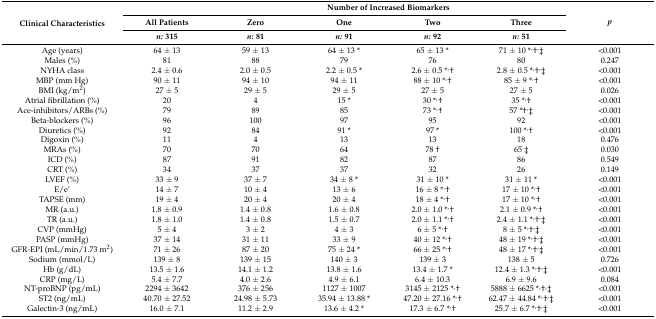
<table><thead><tr><td rowspan="3"><b>Clinical Characteristics</b></td><td></td><td colspan="4"><b>Number of Increased Biomarkers</b></td><td rowspan="3"><b><i>p</i></b></td></tr><tr><td><b>All Patients</b></td><td><b>Zero</b></td><td><b>One</b></td><td><b>Two</b></td><td><b>Three</b></td></tr><tr><td><b><i>n:</i> 315</b></td><td><b><i>n:</i> 81</b></td><td><b><i>n:</i> 91</b></td><td><b><i>n:</i> 92</b></td><td><b><i>n:</i> 51</b></td></tr></thead><tbody><tr><td>Age (years)</td><td>64 ± 13</td><td>59 ± 13</td><td>64 ± 13 *</td><td>65 ± 13 *</td><td>71 ± 10 *<sup>,</sup>†<sup>,</sup>‡</td><td>&lt;0.001</td></tr><tr><td>Males (%)</td><td>81</td><td>88</td><td>79</td><td>76</td><td>80</td><td>0.247</td></tr><tr><td>NYHA class</td><td>2.4 ± 0.6</td><td>2.0 ± 0.5</td><td>2.2 ± 0.5 *</td><td>2.6 ± 0.5 *<sup>,</sup>†</td><td>2.8 ± 0.5 *<sup>,</sup>†<sup>,</sup>‡</td><td>&lt;0.001</td></tr><tr><td>MBP (mm Hg)</td><td>90 ± 11</td><td>94 ± 10</td><td>94 ± 11</td><td>88 ± 10 *<sup>,</sup>†</td><td>85 ± 9 *<sup>,</sup>†</td><td>&lt;0.001</td></tr><tr><td>BMI (kg/m<sup>2</sup>)</td><td>27 ± 5</td><td>29 ± 5</td><td>29 ± 5</td><td>27 ± 5</td><td>27 ± 5</td><td>0.026</td></tr><tr><td>Atrial fibrillation (%)</td><td>20</td><td>4</td><td>15 *</td><td>30 *<sup>,</sup>†</td><td>35 *<sup>,</sup>†</td><td>&lt;0.001</td></tr><tr><td>Ace-inhibitors/ARBs (%)</td><td>79</td><td>89</td><td>85</td><td>73 *<sup>,</sup>†</td><td>57 *†<sup>,</sup>‡</td><td>&lt;0.001</td></tr><tr><td>Beta-blockers (%)</td><td>96</td><td>100</td><td>97</td><td>95</td><td>92</td><td>&lt;0.001</td></tr><tr><td>Diuretics (%)</td><td>92</td><td>84</td><td>91 *</td><td>97 *</td><td>100 *<sup>,</sup>†</td><td>&lt;0.001</td></tr><tr><td>Digoxin (%)</td><td>11</td><td>4</td><td>13</td><td>13</td><td>18</td><td>0.476</td></tr><tr><td>MRAs (%)</td><td>70</td><td>70</td><td>64</td><td>78 †</td><td>65 ‡</td><td>0.030</td></tr><tr><td>ICD (%)</td><td>87</td><td>91</td><td>82</td><td>87</td><td>86</td><td>0.549</td></tr><tr><td>CRT (%)</td><td>34</td><td>37</td><td>37</td><td>32</td><td>26</td><td>0.149</td></tr><tr><td>LVEF (%)</td><td>33 ± 9</td><td>37 ± 7</td><td>34 ± 8 *</td><td>31 ± 10 *</td><td>31 ± 11 *</td><td>&lt;0.001</td></tr><tr><td>E/e’</td><td>14 ± 7</td><td>10 ± 4</td><td>13 ± 6</td><td>16 ± 8 *<sup>,</sup>†</td><td>17 ± 10 *<sup>,</sup>†</td><td>&lt;0.001</td></tr><tr><td>TAPSE (mm)</td><td>19 ± 4</td><td>20 ± 4</td><td>20 ± 4</td><td>18 ± 4 *<sup>,</sup>†</td><td>17 ± 10 *<sup>,</sup>†</td><td>&lt;0.001</td></tr><tr><td>MR (a.u.)</td><td>1.8 ± 0.9</td><td>1.4 ± 0.8</td><td>1.6 ± 0.8</td><td>2.0 ± 1.0 *<sup>,</sup>†</td><td>2.1 ± 0.9 *<sup>,</sup>†</td><td>&lt;0.001</td></tr><tr><td>TR (a.u.)</td><td>1.8 ± 1.0</td><td>1.4 ± 0.8</td><td>1.5 ± 0.7</td><td>2.0 ± 1.1 *<sup>,</sup>†</td><td>2.4 ± 1.1 *<sup>,</sup>†<sup>,</sup>‡</td><td>&lt;0.001</td></tr><tr><td>CVP (mmHg)</td><td>5 ± 4</td><td>3 ± 2</td><td>4 ± 3</td><td>6 ± 5 *<sup>,</sup>†</td><td>8 ± 5 *<sup>,</sup>†<sup>,</sup>‡</td><td>&lt;0.001</td></tr><tr><td>PASP (mmHg)</td><td>37 ± 14</td><td>31 ± 11</td><td>33 ± 9</td><td>40 ± 12 *<sup>,</sup>†</td><td>48 ± 19 *<sup>,</sup>†<sup>,</sup>‡</td><td>&lt;0.001</td></tr><tr><td>GFR-EPI (mL/min/1.73 m<sup>2</sup>)</td><td>71 ± 26</td><td>87 ± 20</td><td>75 ± 24 *</td><td>66 ± 25 *<sup>,</sup>†</td><td>48 ± 17 *<sup>,</sup>†<sup>,</sup>‡</td><td>&lt;0.001</td></tr><tr><td>Sodium (mmol/L)</td><td>139 ± 8</td><td>139 ± 15</td><td>140 ± 3</td><td>139 ± 3</td><td>138 ± 5</td><td>0.726</td></tr><tr><td>Hb (g/dL)</td><td>13.5 ± 1.6</td><td>14.1 ± 1.2</td><td>13.8 ± 1.6</td><td>13.4 ± 1.7 *</td><td>12.4 ± 1.3 *<sup>,</sup>†<sup>,</sup>‡</td><td>&lt;0.001</td></tr><tr><td>CRP (mg/L)</td><td>5.4 ± 7.7</td><td>4.0 ± 2.6</td><td>4.9 ± 6.1</td><td>6.4 ± 10.3</td><td>6.9 ± 9.6</td><td>0.084</td></tr><tr><td>NT-proBNP (pg/mL)</td><td>2294 ± 3642</td><td>376 ± 256</td><td>1127 ± 1007</td><td>3145 ± 2125 *<sup>,</sup>†</td><td>5888 ± 6625 *<sup>,</sup>†<sup>,</sup>‡</td><td>&lt;0.001</td></tr><tr><td>ST2 (ng/mL)</td><td>40.70 ± 27.52</td><td>24.98 ± 5.73</td><td>35.94 ± 13.88 *</td><td>47.20 ± 27.16 *<sup>,</sup>†</td><td>62.47 ± 44.84 *<sup>,</sup>†<sup>,</sup>‡</td><td>&lt;0.001</td></tr><tr><td>Galectin-3 (ng/mL)</td><td>16.0 ± 7.1</td><td>11.2 ± 2.9</td><td>13.6 ± 4.2 *</td><td>17.3 ± 6.7 *<sup>,</sup>†</td><td>25.7 ± 6.7 *<sup>,</sup>†<sup>,</sup>‡</td><td>&lt;0.001</td></tr></tbody></table>